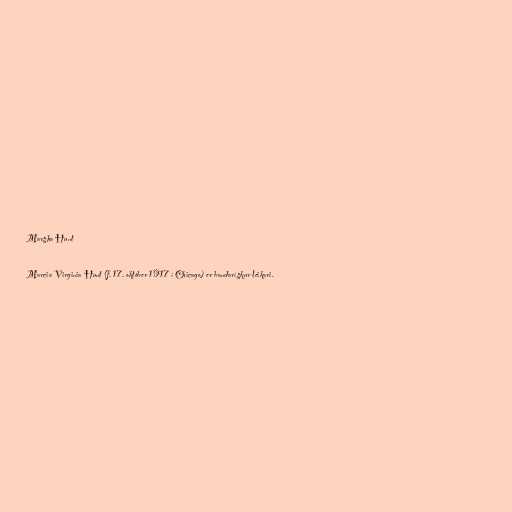
Marsha Hunt

Marcia Virginia Hunt (f. 17. október 1917 í Chicago) er bandarískur leikari.